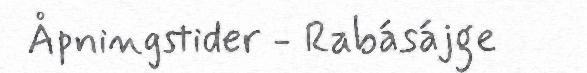
Åpningstider - Rabásájge